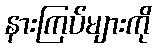
နားကြပ်များကို